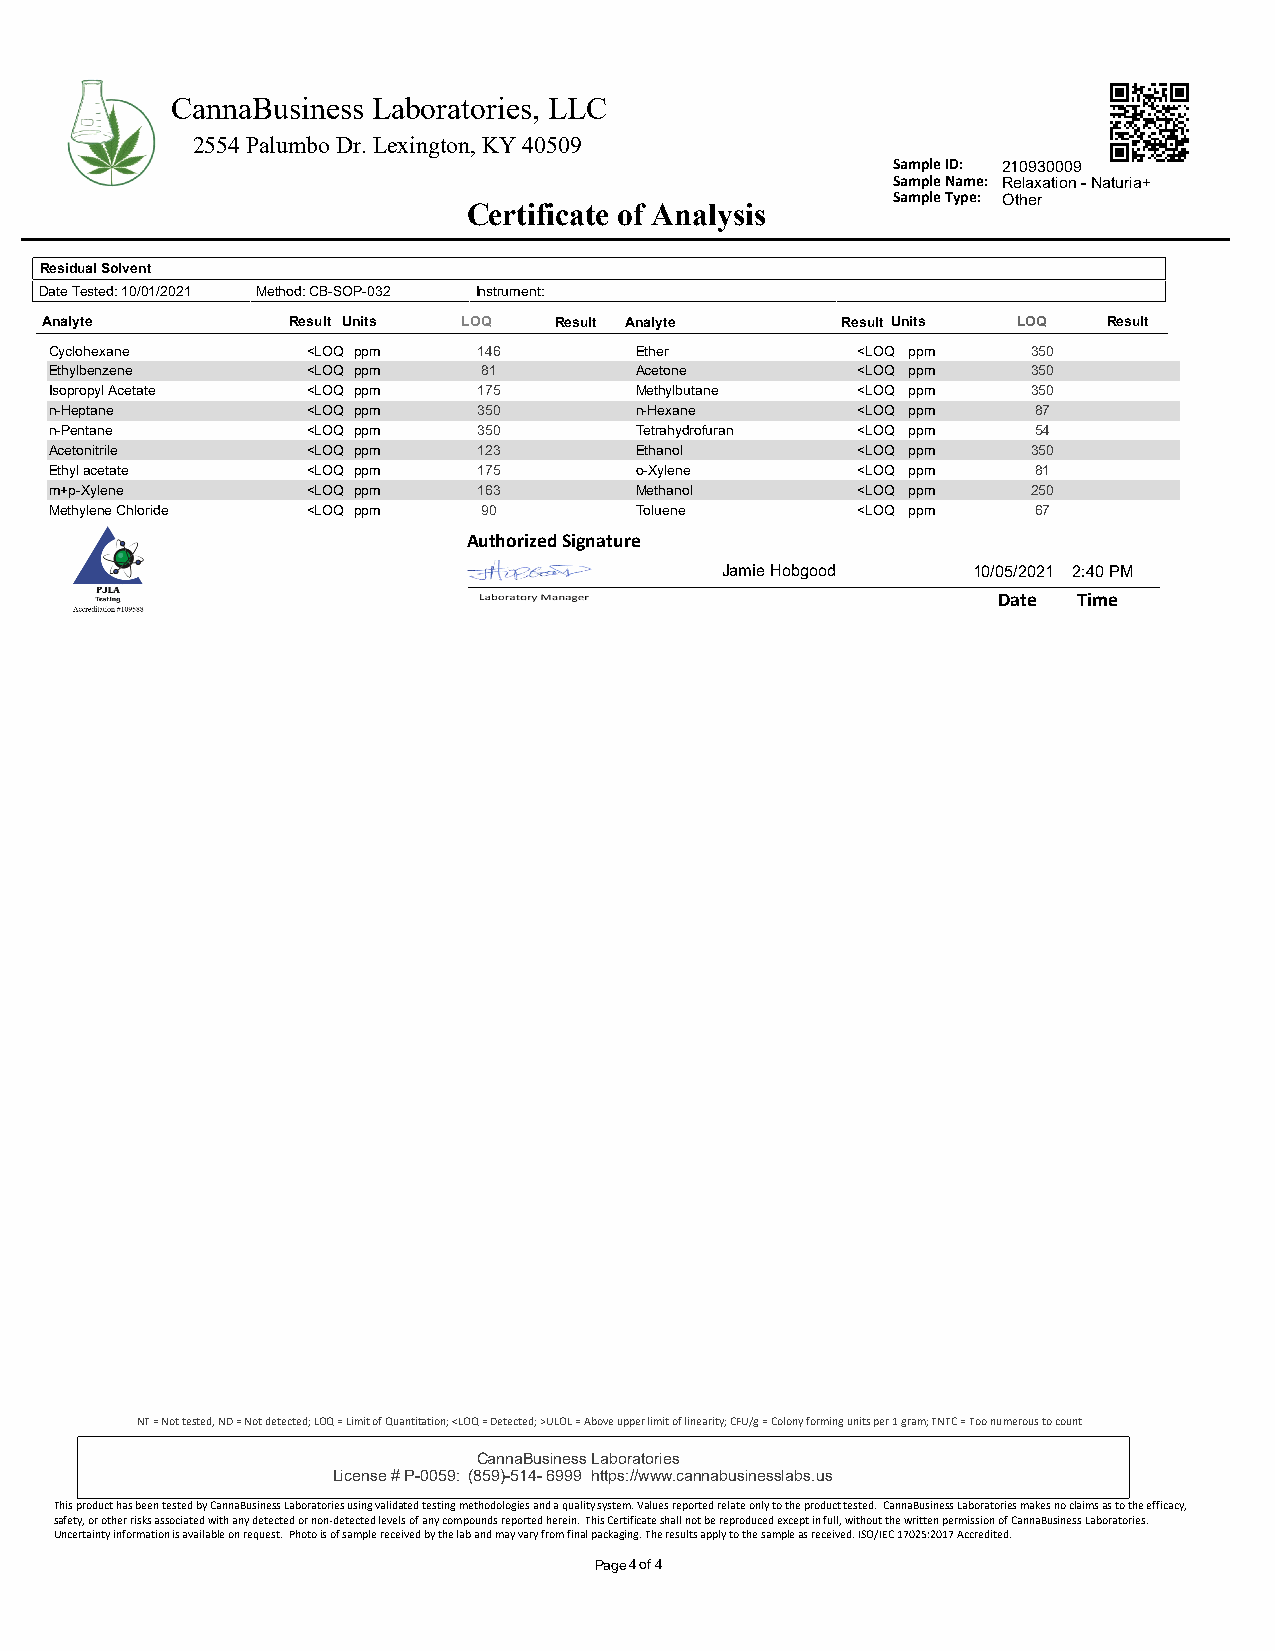
CannaBusiness Laboratories, LLC
 2554 Palumbo Dr. Lexington, KY 40509
 Sample ID: 210930009
 Sample Name: Relaxation - Naturia+
 Sample Type: Other
 Certificate of Analysis
 Residual Solvent
 Date Tested: 10/01/2021 Method: CB-SOP-032 Instrument:
 Analyte         Result Units LOQ  Result Analyte     Result Units LOQ Result
 Cyclohexane      <LOQ ppm    146       Ether          <LOQ ppm   350
 Ethylbenzene     <LOQ ppm    81        Acetone        <LOQ ppm   350
 Isopropyl Acetate <LOQ ppm   175       Methylbutane   <LOQ ppm   350
 n-Heptane        <LOQ ppm    350       n-Hexane       <LOQ ppm    87
 n-Pentane        <LOQ ppm    350       Tetrahydrofuran <LOQ ppm   54
 Acetonitrile     <LOQ ppm    123       Ethanol        <LOQ ppm   350
 Ethyl acetate    <LOQ ppm    175       o-Xylene       <LOQ ppm    81
 m+p-Xylene       <LOQ ppm    163       Methanol       <LOQ ppm   250
 Methylene Chloride <LOQ ppm  90        Toluene        <LOQ ppm    67
 Authorized Signature
 Jamie Hobgood   10/05/2021 2:40 PM
 Date Time
 NT = Not tested, ND = Not detected; LOQ = Limit of Quantitation; <LOQ = Detected; >ULOL = Above upper limit of linearity; CFU/g = Colony forming units per 1 gram; TNTC = Too numerous to count
 CannaBusiness Laboratories
 License # P-0059: (859)-514- 6999 https://www.cannabusinesslabs.us
 This product has been tested by CannaBusiness Laboratories using validated testing methodologies and a quality system. Values reported relate only to the product tested. CannaBusiness Laboratories makes no claims as to the efficacy,
 safety, or other risks associated with any detected or non-detected levels of any compounds reported herein. This Certificate shall not be reproduced except in full, without the written permission of CannaBusiness Laboratories.
 Uncertainty information is available on request. Photo is of sample received by the lab and may vary from final packaging. The results apply to the sample as received. ISO/IEC 17025:2017 Accredited.
 Page4of4